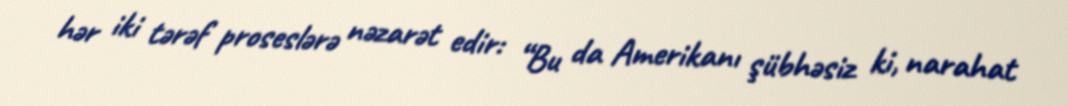
hər iki tərəf proseslərə nəzarət edir: “Bu da Amerikanı şübhəsiz ki, narahat